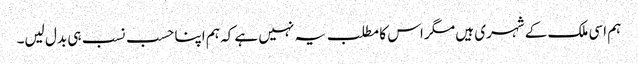
ہم اسی ملک کے شہری ہیں مگر اس کا مطلب یہ نہیں ہے کہ ہم اپنا حسب نسب ہی بدل لیں۔